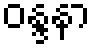
ဝန္ဒနာ